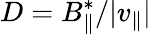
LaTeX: D=B_{\parallel}^{*}/|v_{\parallel}|